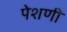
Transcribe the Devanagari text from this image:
पेशणी